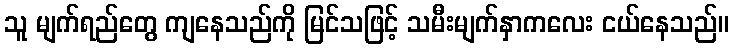
သူ မျက်ရည်တွေ ကျနေသည်ကို မြင်သဖြင့် သမီးမျက်နှာကလေး ငယ်နေသည်။